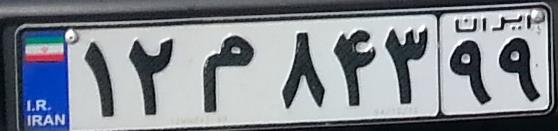
۱۲م۸۴۳۹۹